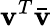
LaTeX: \mathbf{v}^{T}{\bar{{\mathbf{v}}}}